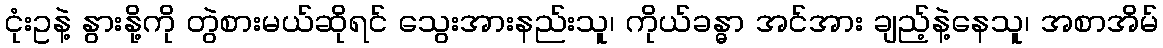
ငုံးဥနဲ့ နွားနို့ကို တွဲစားမယ်ဆိုရင် သွေးအားနည်းသူ၊ ကိုယ်ခန္ဓာ အင်အား ချည့်နဲ့နေသူ၊ အစာအိမ်